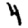
Digit: 4